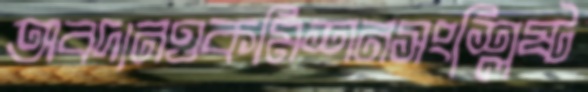
অবদানওকমিশনসংশ্লিষ্ট